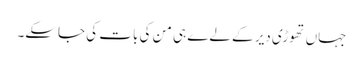
جہاں تھوڑی دیر کے لےے ہی من کی بات کی جاسکے۔